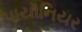
પાયૉનિયર